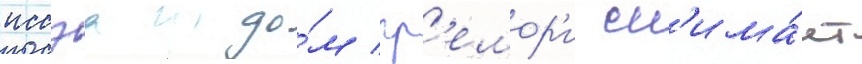
иссэа до́м гр'емор'и сн'има́ет